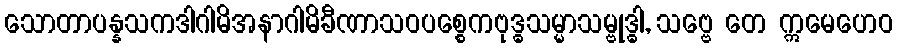
သောတာပန္နသကဒါဂါမိအနာဂါမိခီဏာသဝပစ္စေကဗုဒ္ဓသမ္မာသမ္ဗုဒ္ဓါ, သဗ္ဗေ တေ ဣမေဟေဝ